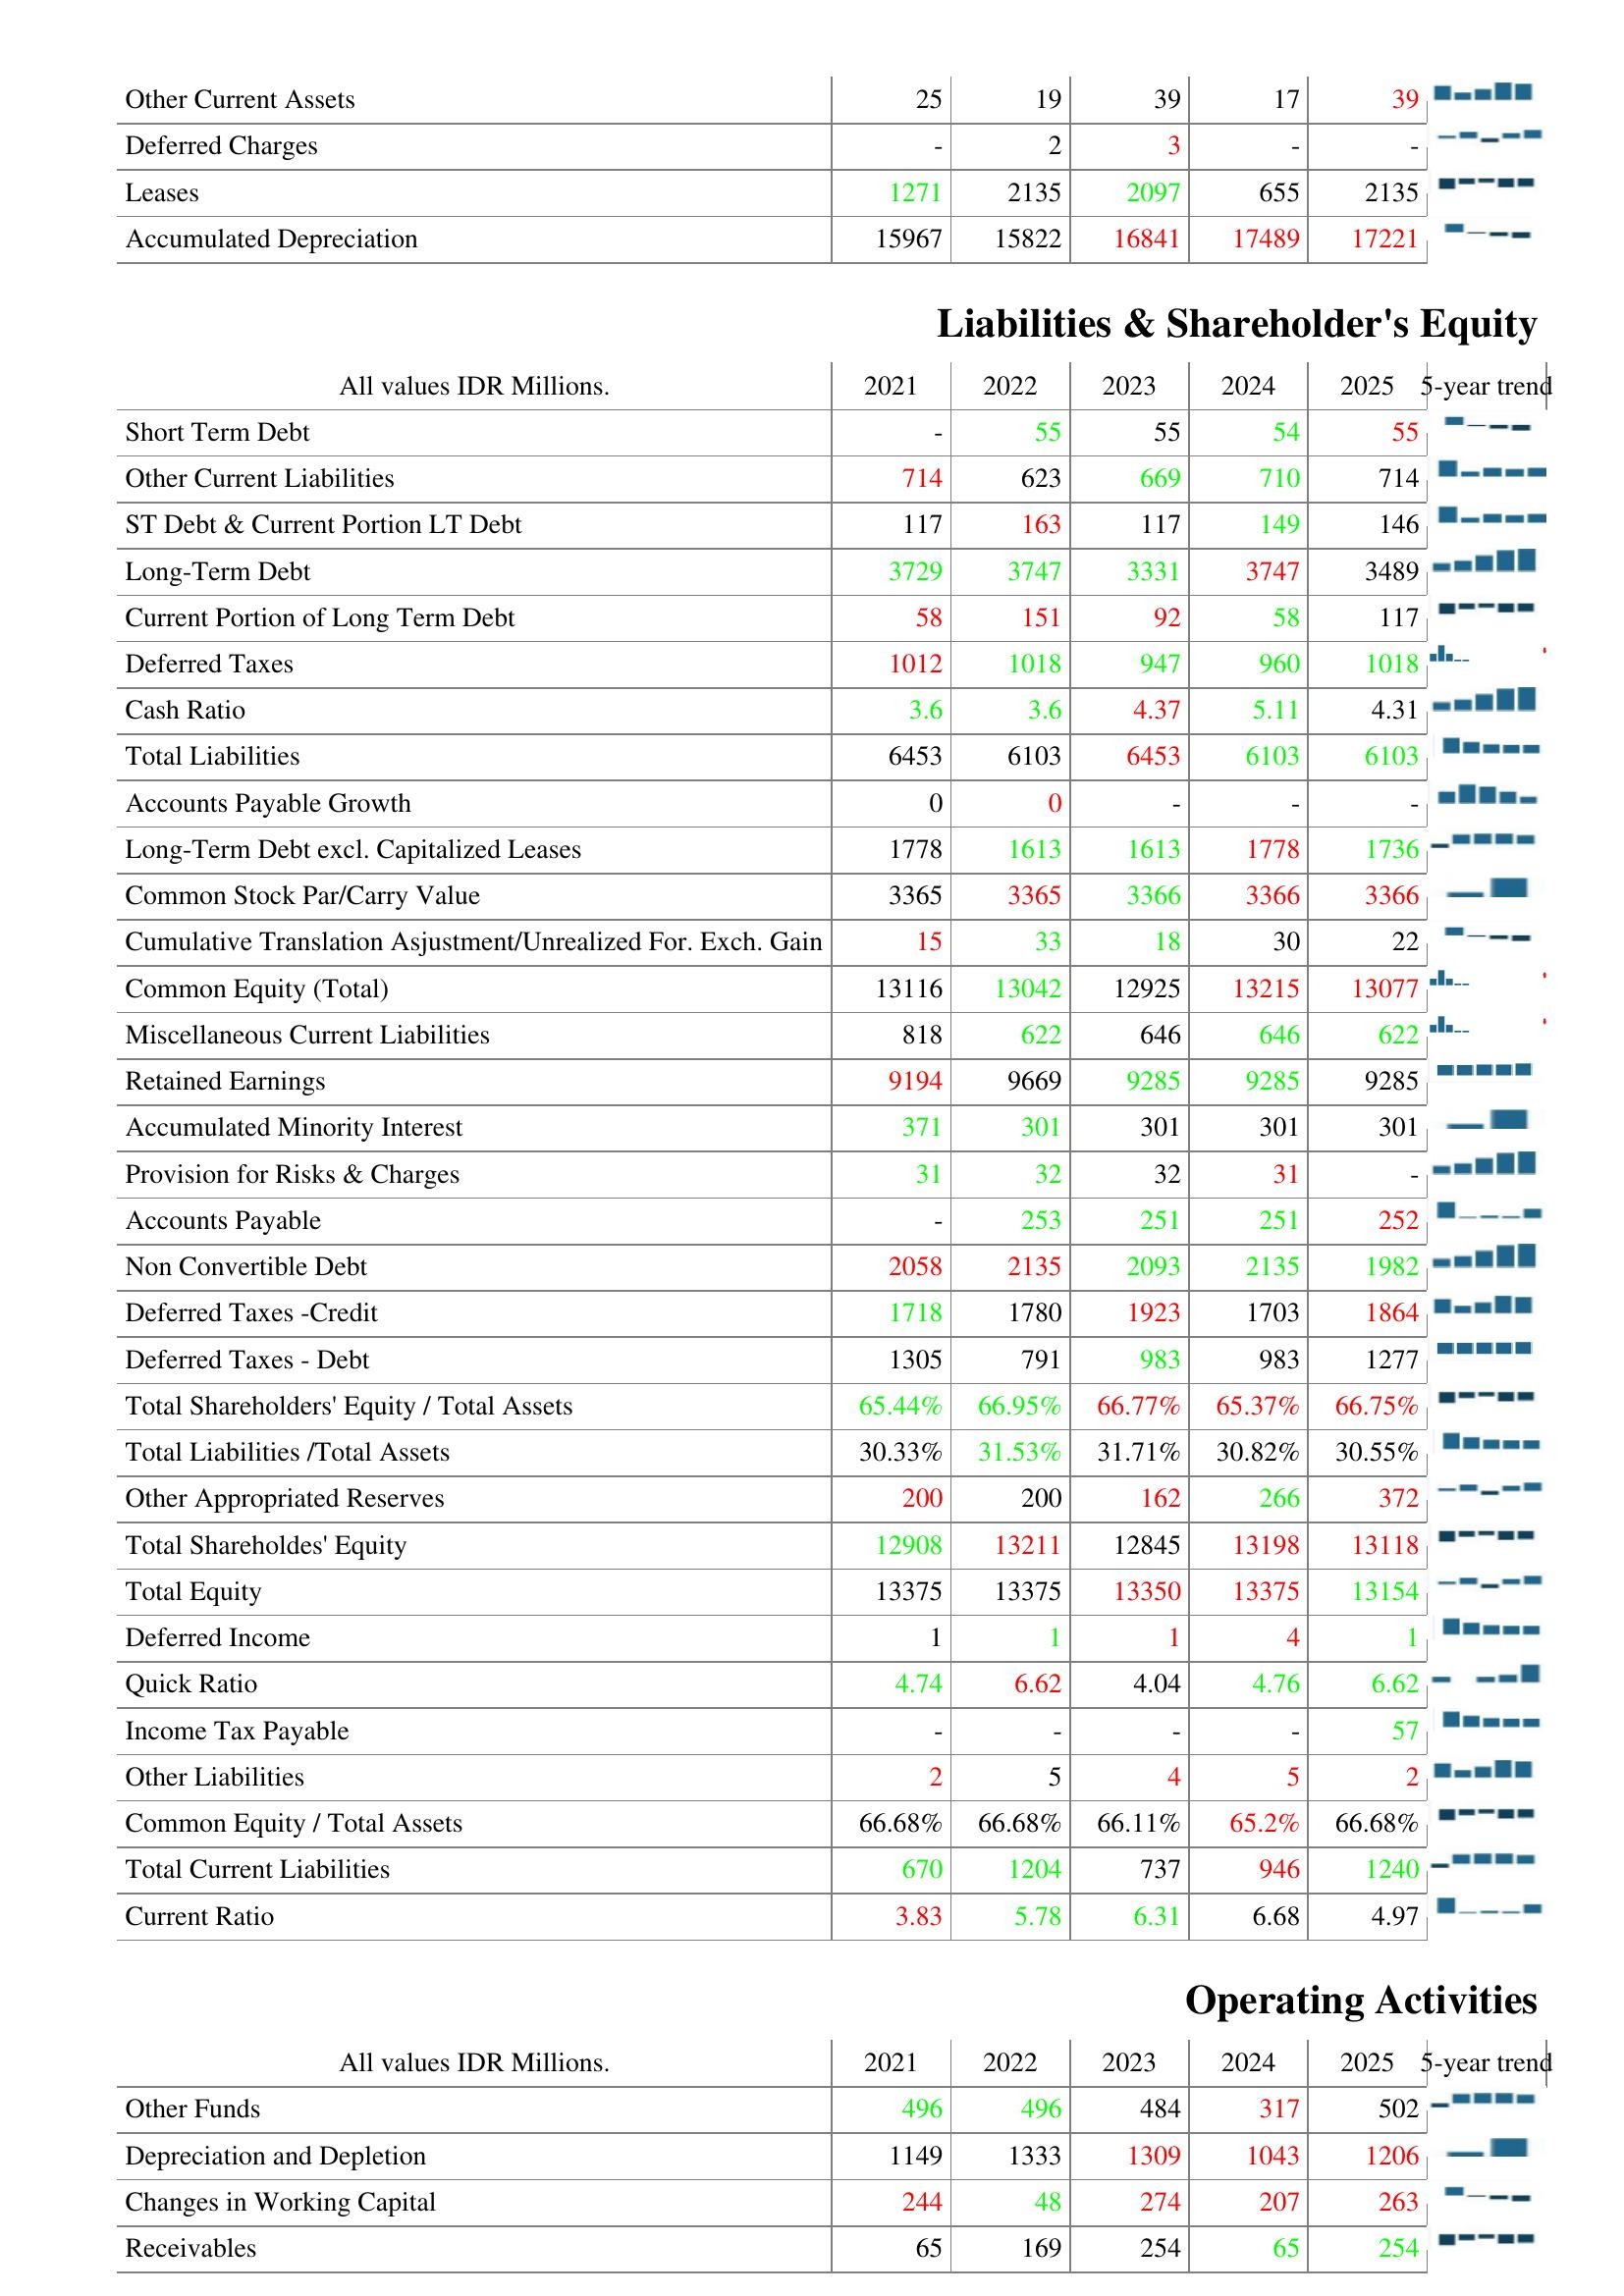
2021: Assets: Other Current Assets: 25
Deferred Charges: -
Leases: 1271
Accumulated Depreciation: 15967
Liabilities & Shareholder's Equity: Short Term Debt: -
Other Current Liabilities: 714
ST Debt & Current Portion LT Debt: 117
Long-Term Debt: 3729
Current Portion of Long Term Debt: 58
Deferred Taxes: 1012
Cash Ratio: 3.6
Total Liabilities: 6453
Accounts Payable Growth: 0
Long-Term Debt excl. Capitalized Leases: 1778
Common Stock Par/Carry Value: 3365
Cumulative Translation Asjustment/Unrealized For. Exch. Gain: 15
Common Equity (Total): 13116
Miscellaneous Current Liabilities: 818
Retained Earnings: 9194
Accumulated Minority Interest: 371
Provision for Risks & Charges: 31
Accounts Payable: -
Non Convertible Debt: 2058
Deferred Taxes -Credit: 1718
Deferred Taxes - Debt: 1305
Total Shareholders' Equity / Total Assets: 65.44%
Total Liabilities /Total Assets: 30.33%
Other Appropriated Reserves: 200
Total Shareholdes' Equity: 12908
Total Equity: 13375
Deferred Income: 1
Quick Ratio: 4.74
Income Tax Payable: -
Other Liabilities: 2
Common Equity / Total Assets: 66.68%
Total Current Liabilities: 670
Current Ratio: 3.83
Operating Activities: Other Funds: 496
Depreciation and Depletion: 1149
Changes in Working Capital: 244
Receivables: 65
2022: Assets: Other Current Assets: 19
Deferred Charges: 2
Leases: 2135
Accumulated Depreciation: 15822
Liabilities & Shareholder's Equity: Short Term Debt: 55
Other Current Liabilities: 623
ST Debt & Current Portion LT Debt: 163
Long-Term Debt: 3747
Current Portion of Long Term Debt: 151
Deferred Taxes: 1018
Cash Ratio: 3.6
Total Liabilities: 6103
Accounts Payable Growth: 0
Long-Term Debt excl. Capitalized Leases: 1613
Common Stock Par/Carry Value: 3365
Cumulative Translation Asjustment/Unrealized For. Exch. Gain: 33
Common Equity (Total): 13042
Miscellaneous Current Liabilities: 622
Retained Earnings: 9669
Accumulated Minority Interest: 301
Provision for Risks & Charges: 32
Accounts Payable: 253
Non Convertible Debt: 2135
Deferred Taxes -Credit: 1780
Deferred Taxes - Debt: 791
Total Shareholders' Equity / Total Assets: 66.95%
Total Liabilities /Total Assets: 31.53%
Other Appropriated Reserves: 200
Total Shareholdes' Equity: 13211
Total Equity: 13375
Deferred Income: 1
Quick Ratio: 6.62
Income Tax Payable: -
Other Liabilities: 5
Common Equity / Total Assets: 66.68%
Total Current Liabilities: 1204
Current Ratio: 5.78
Operating Activities: Other Funds: 496
Depreciation and Depletion: 1333
Changes in Working Capital: 48
Receivables: 169
2023: Assets: Other Current Assets: 39
Deferred Charges: 3
Leases: 2097
Accumulated Depreciation: 16841
Liabilities & Shareholder's Equity: Short Term Debt: 55
Other Current Liabilities: 669
ST Debt & Current Portion LT Debt: 117
Long-Term Debt: 3331
Current Portion of Long Term Debt: 92
Deferred Taxes: 947
Cash Ratio: 4.37
Total Liabilities: 6453
Accounts Payable Growth: -
Long-Term Debt excl. Capitalized Leases: 1613
Common Stock Par/Carry Value: 3366
Cumulative Translation Asjustment/Unrealized For. Exch. Gain: 18
Common Equity (Total): 12925
Miscellaneous Current Liabilities: 646
Retained Earnings: 9285
Accumulated Minority Interest: 301
Provision for Risks & Charges: 32
Accounts Payable: 251
Non Convertible Debt: 2093
Deferred Taxes -Credit: 1923
Deferred Taxes - Debt: 983
Total Shareholders' Equity / Total Assets: 66.77%
Total Liabilities /Total Assets: 31.71%
Other Appropriated Reserves: 162
Total Shareholdes' Equity: 12845
Total Equity: 13350
Deferred Income: 1
Quick Ratio: 4.04
Income Tax Payable: -
Other Liabilities: 4
Common Equity / Total Assets: 66.11%
Total Current Liabilities: 737
Current Ratio: 6.31
Operating Activities: Other Funds: 484
Depreciation and Depletion: 1309
Changes in Working Capital: 274
Receivables: 254
2024: Assets: Other Current Assets: 17
Deferred Charges: -
Leases: 655
Accumulated Depreciation: 17489
Liabilities & Shareholder's Equity: Short Term Debt: 54
Other Current Liabilities: 710
ST Debt & Current Portion LT Debt: 149
Long-Term Debt: 3747
Current Portion of Long Term Debt: 58
Deferred Taxes: 960
Cash Ratio: 5.11
Total Liabilities: 6103
Accounts Payable Growth: -
Long-Term Debt excl. Capitalized Leases: 1778
Common Stock Par/Carry Value: 3366
Cumulative Translation Asjustment/Unrealized For. Exch. Gain: 30
Common Equity (Total): 13215
Miscellaneous Current Liabilities: 646
Retained Earnings: 9285
Accumulated Minority Interest: 301
Provision for Risks & Charges: 31
Accounts Payable: 251
Non Convertible Debt: 2135
Deferred Taxes -Credit: 1703
Deferred Taxes - Debt: 983
Total Shareholders' Equity / Total Assets: 65.37%
Total Liabilities /Total Assets: 30.82%
Other Appropriated Reserves: 266
Total Shareholdes' Equity: 13198
Total Equity: 13375
Deferred Income: 4
Quick Ratio: 4.76
Income Tax Payable: -
Other Liabilities: 5
Common Equity / Total Assets: 65.2%
Total Current Liabilities: 946
Current Ratio: 6.68
Operating Activities: Other Funds: 317
Depreciation and Depletion: 1043
Changes in Working Capital: 207
Receivables: 65
2025: Assets: Other Current Assets: 39
Deferred Charges: -
Leases: 2135
Accumulated Depreciation: 17221
Liabilities & Shareholder's Equity: Short Term Debt: 55
Other Current Liabilities: 714
ST Debt & Current Portion LT Debt: 146
Long-Term Debt: 3489
Current Portion of Long Term Debt: 117
Deferred Taxes: 1018
Cash Ratio: 4.31
Total Liabilities: 6103
Accounts Payable Growth: -
Long-Term Debt excl. Capitalized Leases: 1736
Common Stock Par/Carry Value: 3366
Cumulative Translation Asjustment/Unrealized For. Exch. Gain: 22
Common Equity (Total): 13077
Miscellaneous Current Liabilities: 622
Retained Earnings: 9285
Accumulated Minority Interest: 301
Provision for Risks & Charges: -
Accounts Payable: 252
Non Convertible Debt: 1982
Deferred Taxes -Credit: 1864
Deferred Taxes - Debt: 1277
Total Shareholders' Equity / Total Assets: 66.75%
Total Liabilities /Total Assets: 30.55%
Other Appropriated Reserves: 372
Total Shareholdes' Equity: 13118
Total Equity: 13154
Deferred Income: 1
Quick Ratio: 6.62
Income Tax Payable: 57
Other Liabilities: 2
Common Equity / Total Assets: 66.68%
Total Current Liabilities: 1240
Current Ratio: 4.97
Operating Activities: Other Funds: 502
Depreciation and Depletion: 1206
Changes in Working Capital: 263
Receivables: 254